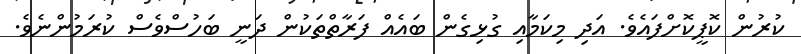
ކުރުން ކޮޕީކޮށްފައެވެ. އަދި މިކަމާއި ގުޅިގެން ބައެއް ފަރާތްތަކުން ދަނީ ބަހުސްވެސް ކުރަމުންނެވެ.